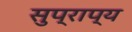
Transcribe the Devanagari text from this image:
सुप्राप्य